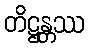
တိဋ္ဌန္တဿ